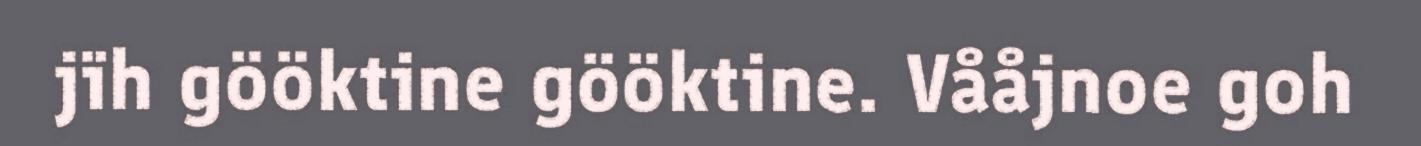
jïh gööktine gööktine. Vååjnoe goh